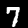
Digit: 7